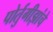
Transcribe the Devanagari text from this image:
पोर्तुगीझांचे